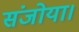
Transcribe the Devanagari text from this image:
संजोया।